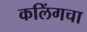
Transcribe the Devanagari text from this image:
कलिंगचा